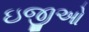
ઇજીઓ